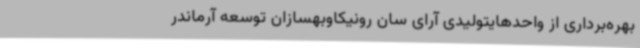
بهره‌برداری از واحدهایتولیدی آرای سان رونیکاوبهسازان توسعه آرماندر